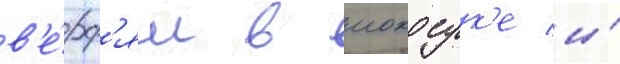
в'е́рф'ям в иокосук'е и́